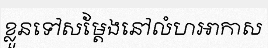
ខ្លួនទៅសម្តែងនៅលំហអាកាស